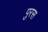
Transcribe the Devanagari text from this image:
पुरस